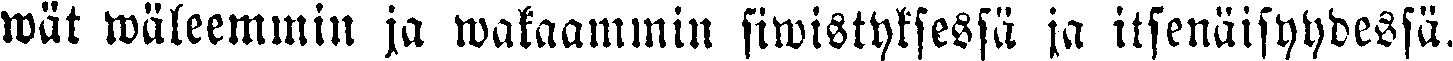
wät wäleemmin ja wakaammin siwistyksessä ja itsenäisyydessä.